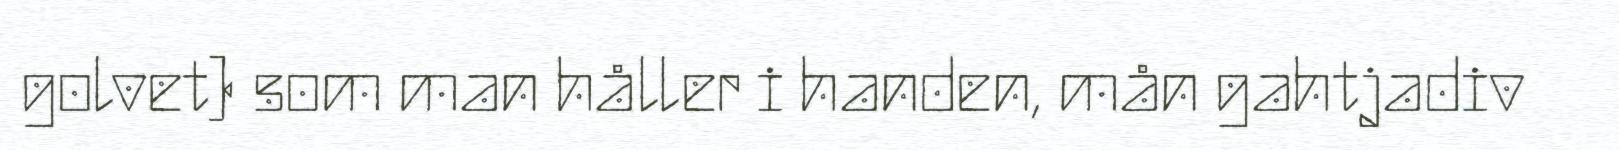
golvet) som man håller i handen, mån gahtjadiv